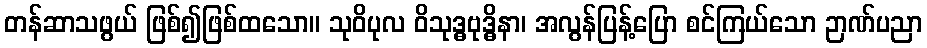
တန်ဆာသဖွယ် ဖြစ်၍ဖြစ်ထသော။ သုဝိပုလ ဝိသုဒ္ဓဗုဒ္ဓိနာ၊ အလွန်ပြန့်ပြော စင်ကြယ်သော ဉာဏ်ပညာ